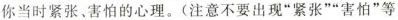
你当时紧张。害怕的心理。(注意不要出现”紧张””害怕”等